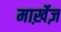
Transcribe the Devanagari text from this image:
मार्ख़ेज़